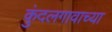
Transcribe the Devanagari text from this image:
कुंदलगावाच्या